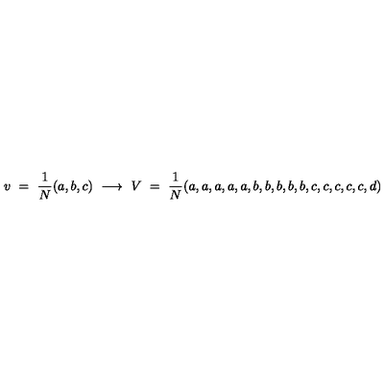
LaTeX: v \ = \ { \frac { 1 } { N } } ( a , b , c ) \ \longrightarrow \ V \ = \ { \frac { 1 } { N } } ( a , a , a , a , a , b , b , b , b , b , c , c , c , c , c , d )